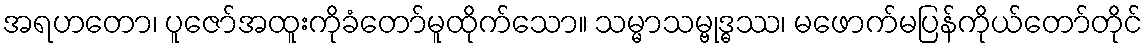
အရဟတော၊ ပူဇော်အထူးကိုခံတော်မူထိုက်သော။ သမ္မာသမ္ဗုဒ္ဓဿ၊ မဖောက်မပြန်ကိုယ်တော်တိုင်